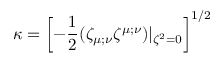
\kappa = \left[ - { \frac { 1 } { 2 } } ( \zeta _ { \mu ; \nu } \zeta ^ { \mu ; \nu } ) | _ { \zeta ^ { 2 } = 0 } \right] ^ { 1 / 2 }